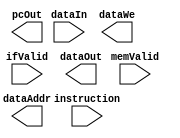
module cpu
(
    input       [31:0]  instruction, dataIn,
    input               ifValid, memValid,
    output  reg [31:0]  pcOut, dataAddr, dataOut,
    output  reg         dataWe
);
    localparam  [1:0]   IF_ID = 2'd0, ID_EX = 2'd1, EX_WB = 2'd2;
    // Pipeline regs
    reg         [31:0]  regfile [0:31];
    reg         [31:0]  PC      [IF_ID:EX_WB];

    always @(posedge clk) begin
        // fetch

        // decode

        // execute

        // mem/wb
    end

endmodule